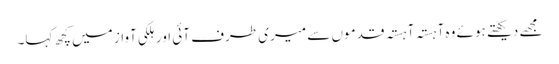
مجھے دیکھتے ہوئے وہ آہستہ آہستہ قدموں سے میری طرف آئی اور ہلکی آواز میں کچھ کہا۔